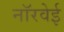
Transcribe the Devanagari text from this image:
नॉरवेई